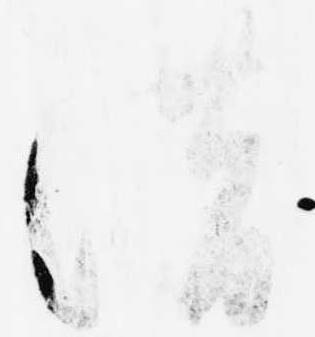
借